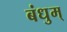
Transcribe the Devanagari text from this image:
बंधुम्